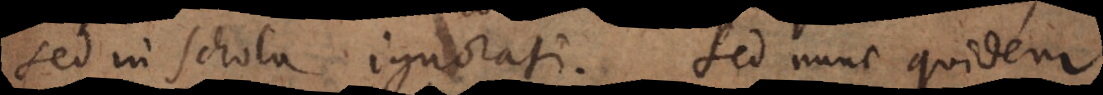
sed in schola ignorati. Sed nunc quidem